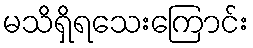
မသိရှိရသေးကြောင်း